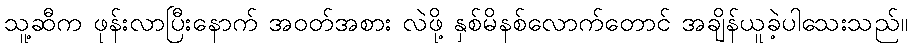
သူ့ဆီက ဖုန်းလာပြီးနောက် အဝတ်အစား လဲဖို့ နှစ်မိနစ်လောက်တောင် အချိန်ယူခဲ့ပါသေးသည်။